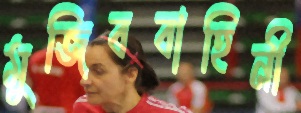
মুজিববাহিনী